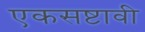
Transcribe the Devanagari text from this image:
एकसष्टावी